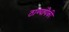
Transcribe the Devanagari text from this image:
ठाण्यांपैकी